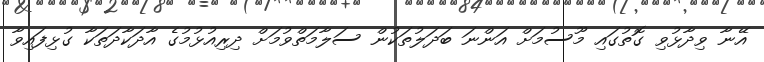
އޭނާ ވިދާޅުވި ގޮތުގައި މޫސުމަށް އަންނަ ބަދަލުތަކުން ސަލާމަތްވުމަށް ދިރިއުޅުމުގެ އާދަކާދަތަކާ ގުޅިފައިވާ